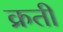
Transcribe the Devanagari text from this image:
क्रती